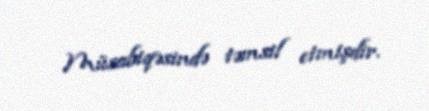
Müsabiqəsində təmsil etmişdir.